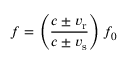
f = \left( { \frac { c \pm v _ { \mathrm { r } } } { c \pm v _ { \mathrm { s } } } } \right) f _ { 0 }